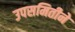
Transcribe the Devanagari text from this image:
उपसमितीने